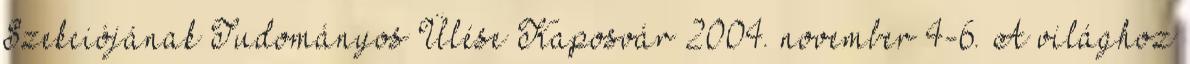
Szekciójának Tudományos Ülése Kaposvár 2004. november 4-6. A világhoz